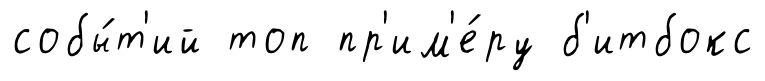
собы́т'ий топ пр'им'е́ру б'итбокс